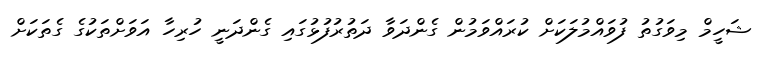
ޝަހީމް މިވަގުތު ފުވައްމުލަކަށް ކުރައްވަމުން ގެންދަވާ ދަތުރުފުޅުގައި ގެންދަނީ ހުރިހާ އަވަށްތަކުގެ ގެތަކަށް